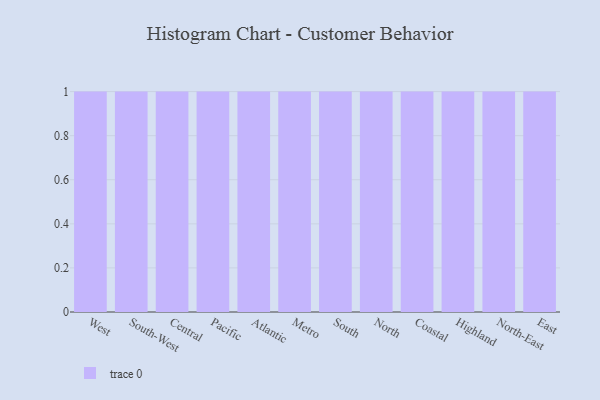
{"axis": {"x": "Region", "y": "Gross Profit (USD K)"}, "legend": [""], "data": [{"x": "West", "y": 8, "type": ""}, {"x": "South-West", "y": 19, "type": ""}, {"x": "Central", "y": 49, "type": ""}, {"x": "Pacific", "y": 48, "type": ""}, {"x": "Atlantic", "y": 78, "type": ""}, {"x": "Metro", "y": 44, "type": ""}, {"x": "South", "y": 9, "type": ""}, {"x": "North", "y": 47, "type": ""}, {"x": "Coastal", "y": 13, "type": ""}, {"x": "Highland", "y": 83, "type": ""}, {"x": "North-East", "y": 48, "type": ""}, {"x": "East", "y": 73, "type": ""}]}